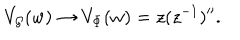
LaTeX: V _ { { \cal G } } ( w ) \rightarrow V _ { \Phi } ( w ) = z ( z ^ { - 1 } ) ^ { \prime \prime } .